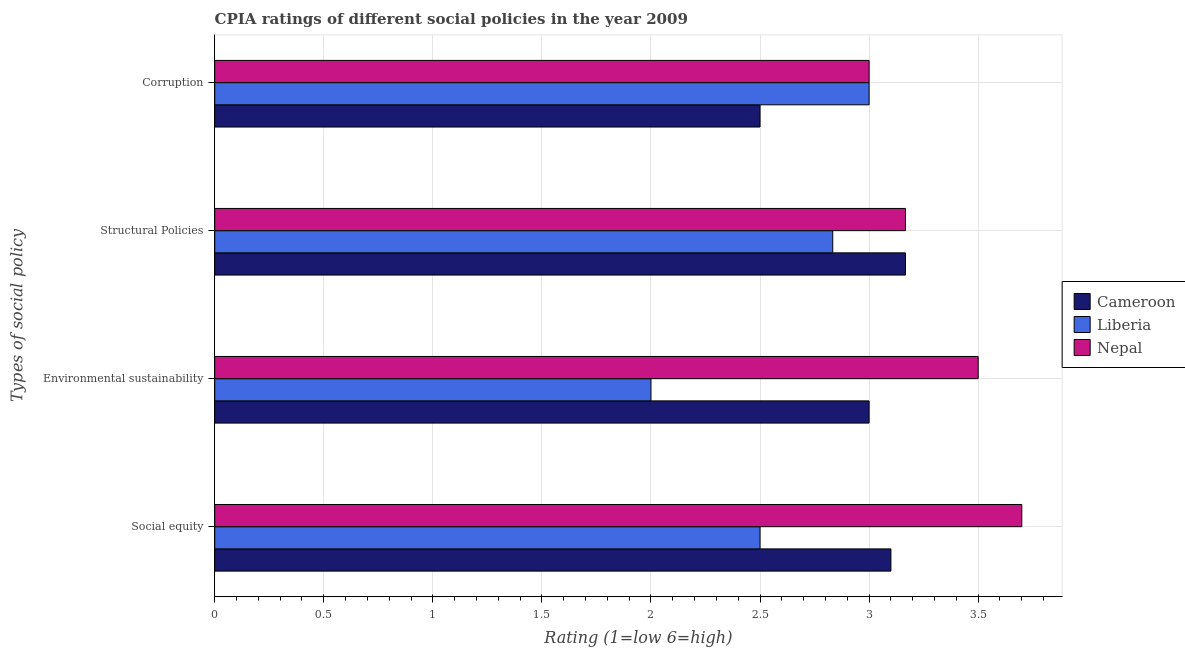
| Types of social policy | Cameroon | Liberia | Nepal |
 | --- | --- | --- | --- |
 | Social equity | 3.1 | 2.5 | 3.7 |
 | Environmental sustainability | 3 | 2 | 3.5 |
 | Structural Policies | 3.17 | 2.83 | 3.17 |
 | Corruption | 2.5 | 3 | 3 |